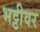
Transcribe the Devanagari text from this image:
भट्टीवर